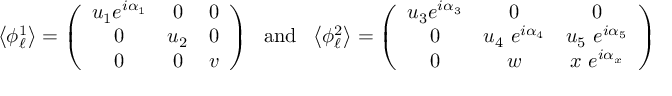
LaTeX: \left\langle \phi _ { \ell } ^ { 1 } \right\rangle = \left( \begin{array} { c c c } { { u _ { 1 } e ^ { i \alpha _ { 1 } } } } & { { 0 } } & { { 0 } } \\ { { 0 } } & { { u _ { 2 } } } & { { 0 } } \\ { { 0 } } & { { 0 } } & { { v } } \end{array} \right) ~ ~ \mathrm { a n d } ~ ~ \left\langle \phi _ { \ell } ^ { 2 } \right\rangle = \left( \begin{array} { c c c } { { u _ { 3 } e ^ { i \alpha _ { 3 } } } } & { { 0 } } & { { 0 } } \\ { { 0 } } & { { u _ { 4 } ~ e ^ { i \alpha _ { 4 } } } } & { { u _ { 5 } ~ e ^ { i \alpha _ { 5 } } } } \\ { { 0 } } & { { w } } & { { x ~ e ^ { i \alpha _ { x } } } } \end{array} \right)